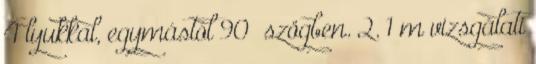
4 lyukkal, egymástól 90° szögben. 2. 1 m vizsgálati